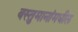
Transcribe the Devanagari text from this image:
वस्तुमानांमधील